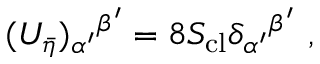
( U _ { \bar { \eta } } ) _ { \alpha ^ { \prime } } { } ^ { \beta ^ { \prime } } = 8 S _ { \mathrm { c l } } \delta _ { \alpha ^ { \prime } } { } ^ { \beta ^ { \prime } } \ ,